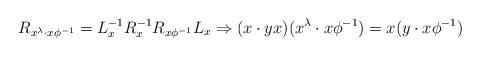
LaTeX: \begin{align*}R_{x^{\lambda}\cdot x\phi^{-1}}= L^{-1}_xR^{-1}_xR_{x\phi^{-1}}L_x\Rightarrow(x\cdot yx)(x^{\lambda}\cdot x\phi^{-1})=x(y\cdot x\phi^{-1})\end{align*}